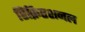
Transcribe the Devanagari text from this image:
रिक्रिएशनल